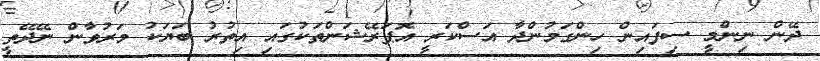
ދޭން ނިންމީ ސިފައިން ހިންގަމުންދާ އަސްކަރީ އޮޕަރޭޝަންތަކުގައި އިތުރު ބަޔަކު މަރުވާން ނޭދޭތީ